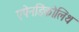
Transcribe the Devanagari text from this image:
एपेनडिकोलिथ